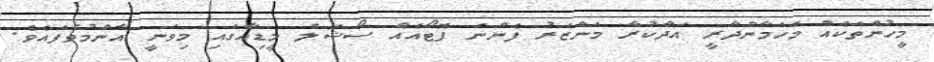
މީހުންތަކެއް މެހަމާންދާރީ އަދާކުރާ މަންޒަރު ފެންނަ ފޮޓޯއެއް ސޯޝަލް މީޑިއާގައި މިވަނީ އާންމުވެފައެވެ.